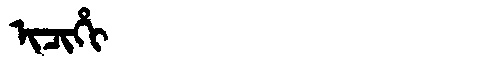
Manchu: ᡳᠴᡳᡥᡳ
Romanization: ICIHI